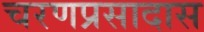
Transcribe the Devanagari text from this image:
चरणप्रसादास